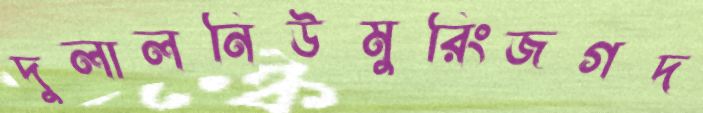
দুলালনিউমুরিংজগদ